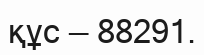
құс — 88291.